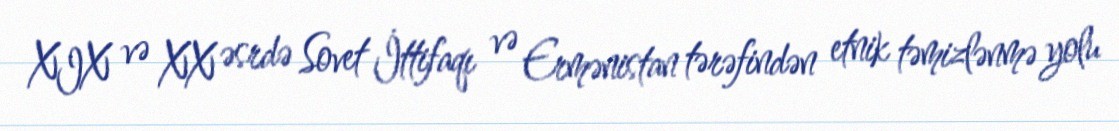
XIX və XX əsrdə Sovet İttifaqı və Ermənistan tərəfindən etnik təmizlənmə yolu